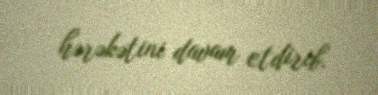
hərəkətini davam etdirib.